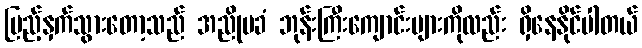
ပြည့်နှက်သွားတော့သည် အညိုမခံ ဘုန်းကြီးကျောင်းများကိုလည်း ရှိနေနိုင်ပါတယ်